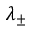
\lambda _ { \pm }